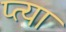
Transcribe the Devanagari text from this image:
प्त्या